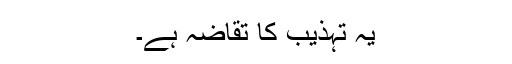
یہ تہذیب کا تقاضہ ہے۔